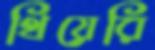
থিয়েরি